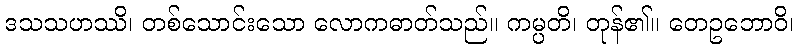
ဒသသဟဿိ၊ တစ်သောင်းသော လောကဓာတ်သည်။ ကမ္ပတိ၊ တုန်၏။ တေဥဘောဝိ၊